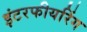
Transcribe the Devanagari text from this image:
इंटरफीयरिंग